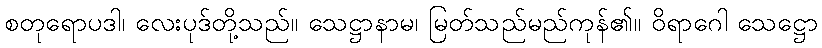
စတုရောပဒါ၊ လေးပုဒ်တို့သည်။ သေဋ္ဌာနာမ၊ မြတ်သည်မည်ကုန်၏။ ဝိရာဂေါ သေဋ္ဌော